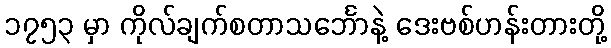
၁၇၅၃ မှာ ကိုလ်ချက်စတာသင်္ဘောနဲ့ ဒေးဗစ်ဟန်းတားတို့